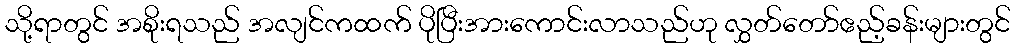
သို့ရာတွင် အစိုးရသည် အလျင်ကထက် ပိုပြီးအားကောင်းလာသည်ဟု လွှတ်တော်ဧည့်ခန်းများတွင်